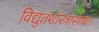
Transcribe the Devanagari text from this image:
विद्युतशास्त्रासोबत